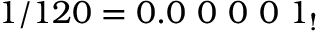
1 / 1 2 0 = 0 . 0 \ 0 \ 0 \ 0 \ 1 _ { ! }